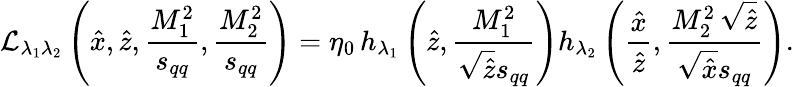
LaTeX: {\cal L}_{\lambda_{1}\lambda_{2}}\left(\hat{x},\hat{z},\frac{M_{1}^{2}}{s_{qq}},\frac{M_{2}^{2}}{s_{qq}}\right)=\eta_{0}\, {h}_{\lambda_{1}}\left(\hat{z},\frac{M_{1}^{2}}{\sqrt{\hat{z}}s_{qq}}\right){h}_{\lambda_{2}}\left(\frac{\hat{x}}{\hat{z}},\frac{M_{2}^{2}\, \sqrt{\hat{z}}}{\sqrt{\hat{x}}s_{qq}}\right).